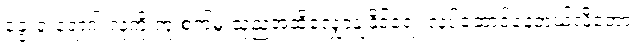
ခွေးရူးရောဂါ လူကို ကူးစက်မှု သုညအထိလျှော့ချနိုင်ရေး လုပ်ဆောင်နေတယ်လို့တော့